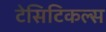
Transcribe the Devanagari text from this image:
टेसिटिकल्स